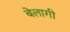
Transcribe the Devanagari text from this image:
बेलागी